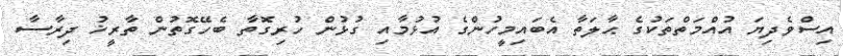
އިސްވެދިޔަ އުއްމަތްތަކުގެ ޙާލަތާ އެބައިމީހުންގެ އުޅުމާއި ގުޅުން ހުރިގޮތާ ބެހޭގޮތުން ތާރީޚު ދިރާސާ